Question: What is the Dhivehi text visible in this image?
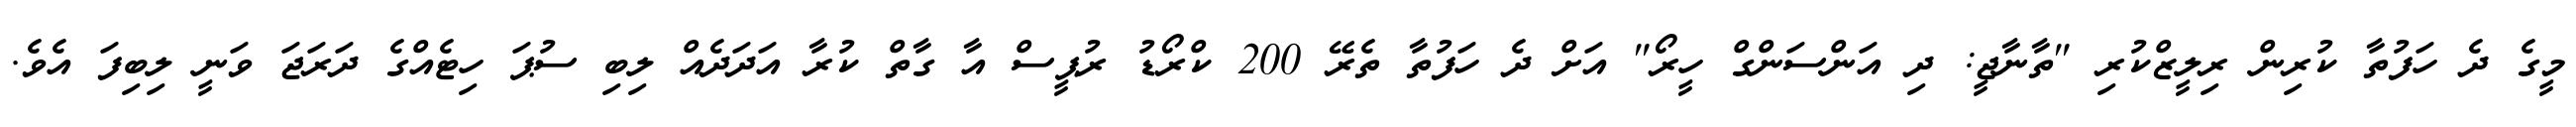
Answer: މީގެ ދެ ހަފުތާ ކުރިން ރިލީޒްކުރި "ތާނާޖީ: ދި އަންސަންގް ހީރޯ" އަށް ދެ ހަފުތާ ތެރޭ 200 ކްރޯޑު ރުޕީސް އާ ގާތް ކުރާ އަދަދެއް ލިބި ސުޕަ ހިޓެއްގެ ދަރަޖަ ވަނީ ލިބިފަ އެވެ.